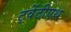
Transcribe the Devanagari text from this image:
ट्वेंटीएथ